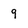
Character: 9